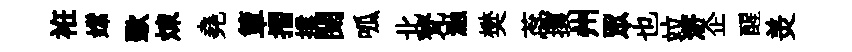
袵嫦歜煉堯簞摺撲閱呱北梵瀜樊蕊攘州眾也竝滸企醒羙